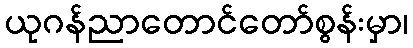
ယုဂန်ညာတောင်တော်စွန်းမှာ၊